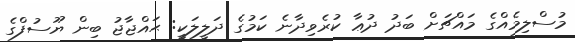
މުސްލިމެއްގެ މައްޗަށް ބަދު ދުޢާ ކުރެވިދާނެ ކަމުގެ ދަލީލަކީ: ޙައްޖާޖު ބިން ޔޫސުފްގެ